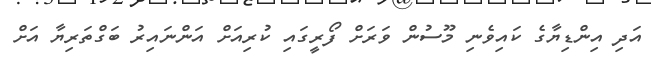
އަދި އިންޑިޔާގެ ކައިވެނި މޫސުން ވަރަށް ފޯރީގައި ކުރިއަށް އަންނައިރު ބަގްތަރިޔާ އަށް